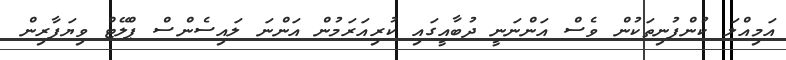
އަމިއްލަ ކުންފުނިތަކުން ވެސް އަންނަނީ ދުބާއީގައި ކުރިއަރަމުން އަންނަ ލައިސެންސް ޕްލޭޓް ވިޔަފާރިން